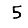
Digit: 5